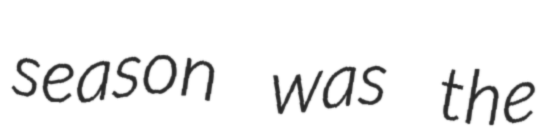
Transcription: season was the